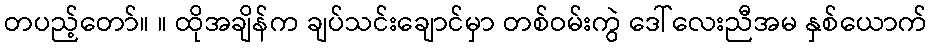
တပည့်တော်။ ။ ထိုအချိန်က ချပ်သင်းချောင်မှာ တစ်ဝမ်းကွဲ ဒေါ်လေးညီအမ နှစ်ယောက်